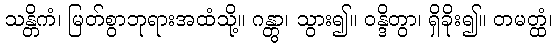
သန္တိကံ၊ မြတ်စွာဘုရားအထံသို့။ ဂန္တွာ၊ သွား၍။ ဝန္ဒိတွာ၊ ရှိခိုး၍။ တမတ္ထံ၊